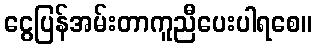
ငွေပြန်အမ်းတာကူညီပေးပါရစေ။